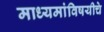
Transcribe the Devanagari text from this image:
माध्यमांविषयीचे